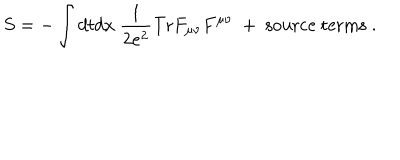
S = - \int d t d x ~ \frac { 1 } { 2 e ^ { 2 } } \mathrm { T r } F _ { \mu \nu } F ^ { \mu \nu } ~ + ~ \mathrm { s o u r c e ~ t e r m s } \; .